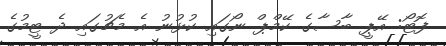
ފޮޓޯ: އޭޕީ ބާސާގެ ކޭމްޕް ނޯގައި ކުޅުނު އެ މެޗުގައި ދެ ޓީމުގެ